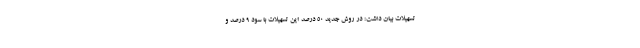
تسهیلات بیان داشت: در روش جدید 50 درصد این تسهیلات با سود 9 درصد و